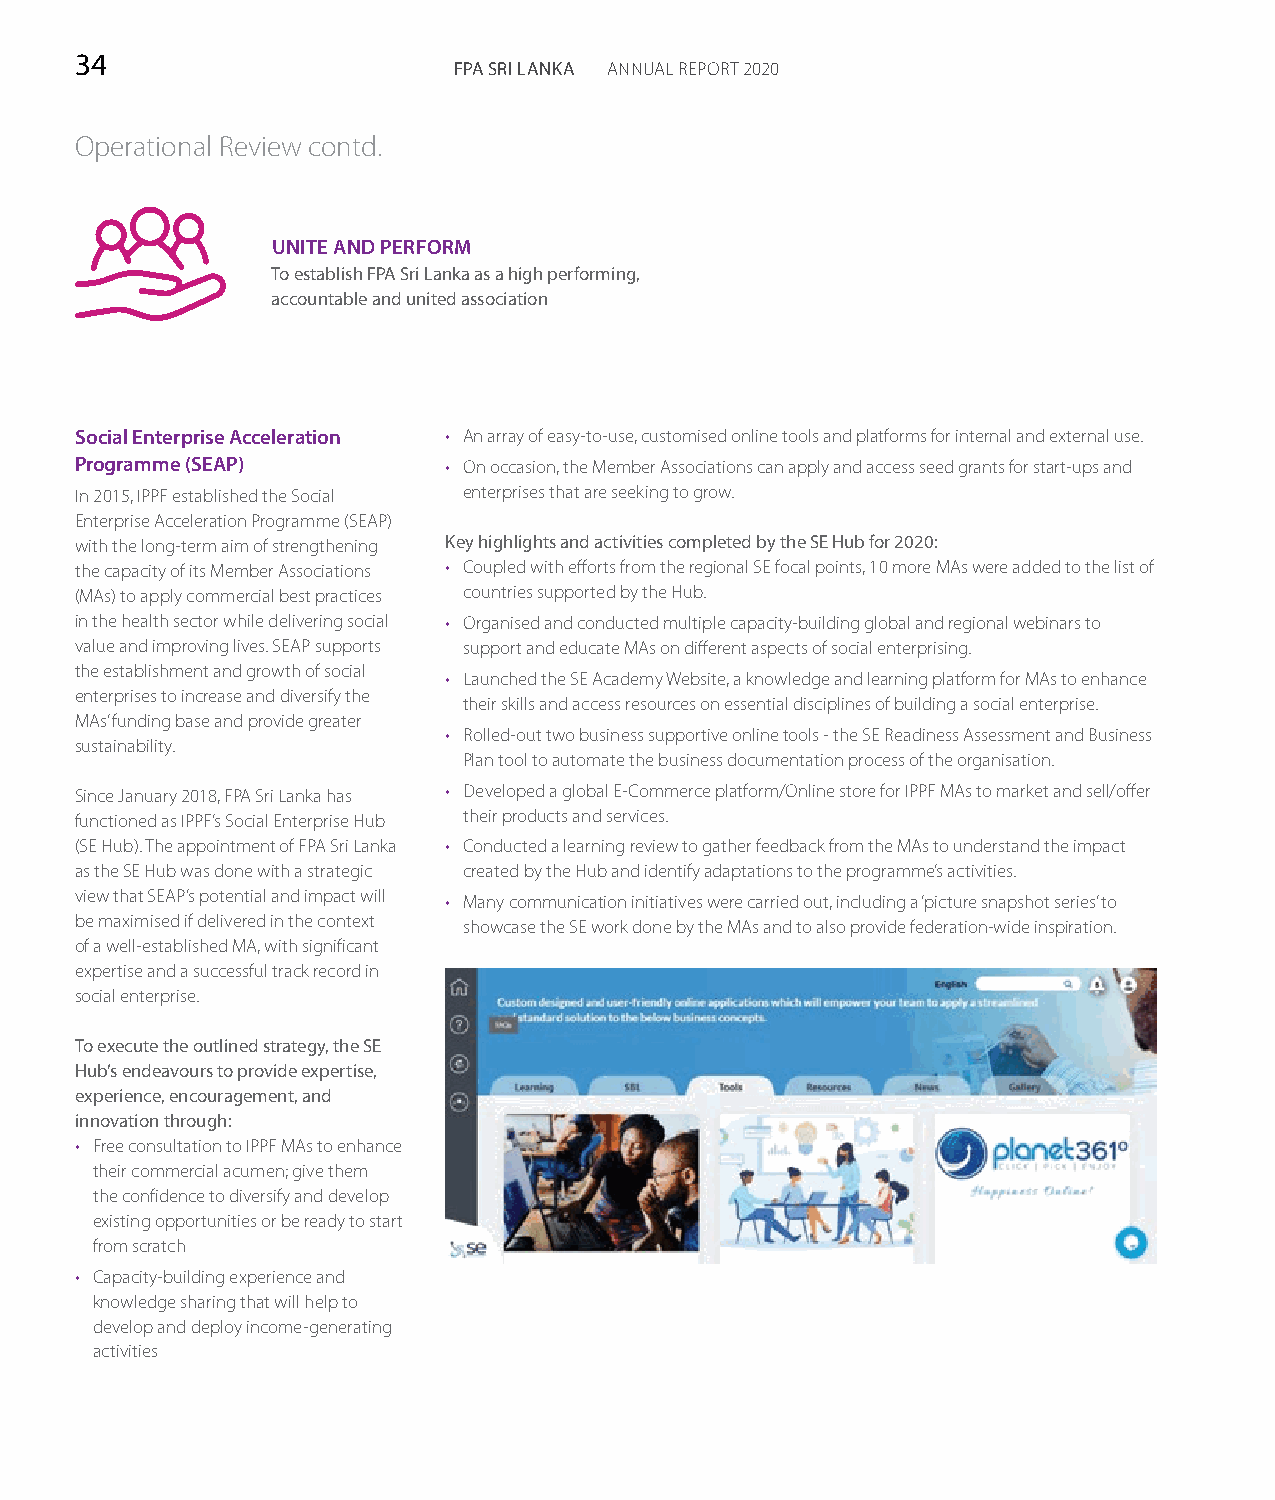
34
 FPA SRI LANKA ANNUAL REPORT 2020
 Operational Review contd.
 UNITE AND PERFORM
 To establish FPA Sri Lanka as a high performing,
 accountable and united association
 Social Enterprise Acceleration • An array of easy-to-use, customised online tools and platforms for internal and external use.
 Programme (SEAP)        • On occasion, the Member Associations can apply and access seed grants for start-ups and
 In 2015, IPPF established the Social enterprises that are seeking to grow.
 Enterprise Acceleration Programme (SEAP)
 with the long-term aim of strengthening Key highlights and activities completed by the SE Hub for 2020:
 the capacity of its Member Associations • Coupled with efforts from the regional SE focal points, 10 more MAs were added to the list of
 (MAs) to apply commercial best practices countries supported by the Hub.
 in the health sector while delivering social • Organised and conducted multiple capacity-building global and regional webinars to
 value and improving lives. SEAP supports support and educate MAs on different aspects of social enterprising.
 the establishment and growth of social
 • Launched the SE Academy Website, a knowledge and learning platform for MAs to enhance
 enterprises to increase and diversify the
 their skills and access resources on essential disciplines of building a social enterprise.
 MAs’ funding base and provide greater
 • Rolled-out two business supportive online tools - the SE Readiness Assessment and Business
 sustainability.
 Plan tool to automate the business documentation process of the organisation.
 Since January 2018, FPA Sri Lanka has • Developed a global E-Commerce platform/Online store for IPPF MAs to market and sell/offer
 functioned as IPPF’s Social Enterprise Hub their products and services.
 (SE Hub). The appointment of FPA Sri Lanka • Conducted a learning review to gather feedback from the MAs to understand the impact
 as the SE Hub was done with a strategic created by the Hub and identify adaptations to the programme’s activities.
 view that SEAP’s potential and impact will
 • Many communication initiatives were carried out, including a ‘picture snapshot series’ to
 be maximised if delivered in the context
 showcase the SE work done by the MAs and to also provide federation-wide inspiration.
 of a well-established MA, with significant
 expertise and a successful track record in
 social enterprise.
 To execute the outlined strategy, the SE
 Hub’s endeavours to provide expertise,
 experience, encouragement, and
 innovation through:
 • Free consultation to IPPF MAs to enhance
 their commercial acumen; give them
 the confidence to diversify and develop
 existing opportunities or be ready to start
 from scratch
 • Capacity-building experience and
 knowledge sharing that will help to
 develop and deploy income-generating
 activities